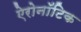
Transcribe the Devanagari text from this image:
ऐरोनॉटिक